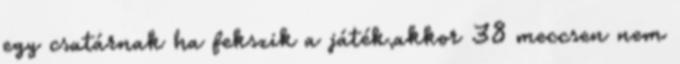
egy csatárnak ha fekszik a játék,akkor 38 meccsen nem